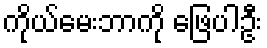
ကိုယ်မေးဘာကို ဖြေပါဦး